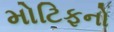
મોટિફનો